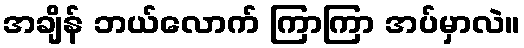
အချိန် ဘယ်လောက် ကြာကြာ အပ်မှာလဲ။